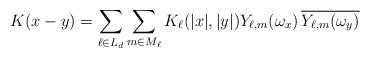
LaTeX: \begin{align*} K(x-y) = \sum_{\ell\in L_d}\sum_{m\in M_\ell} K_{\ell}(|x|,|y|)Y_{\ell,m}(\omega_x)\,\overline{Y_{\ell,m}(\omega_y)} \end{align*}